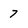
Character: 7